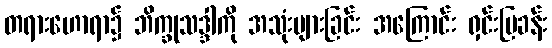
တရားဟောရာ၌ ဘိက္ခုသဒ္ဒါကို အသုံးများခြင်း အကြောင်း ရှင်းပြခန်း